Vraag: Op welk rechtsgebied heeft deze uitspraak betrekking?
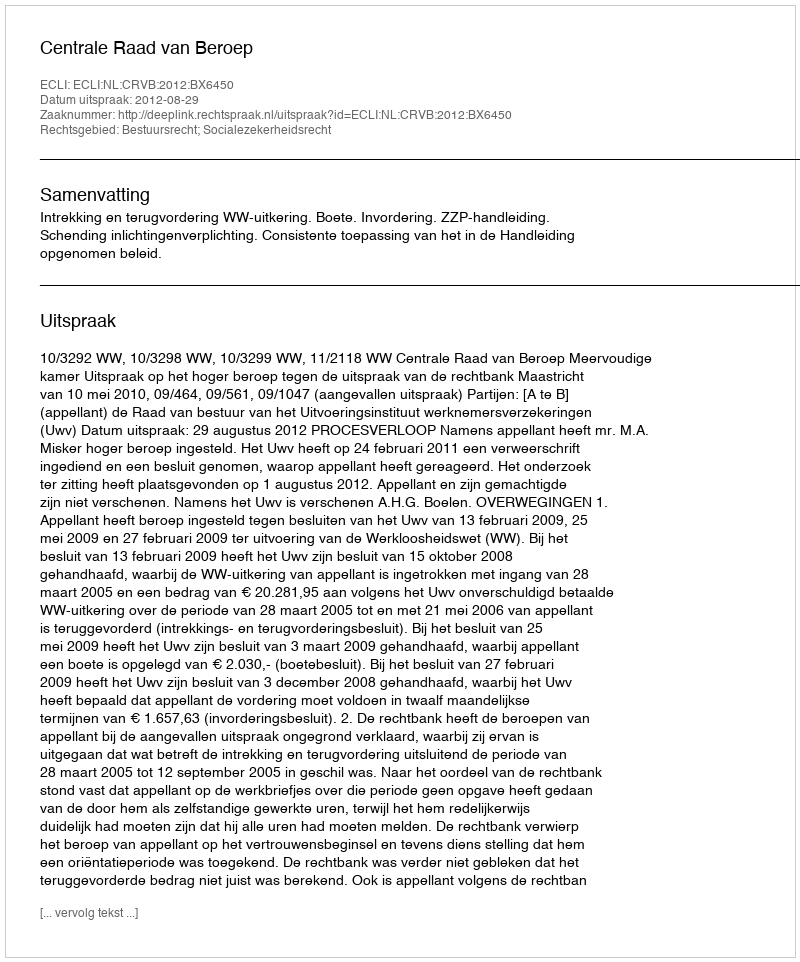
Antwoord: Bestuursrecht; Socialezekerheidsrecht